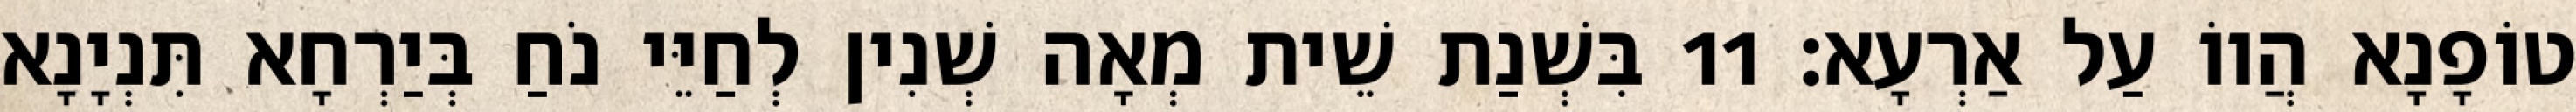
טוֹפָנָא הֲווֹ עַל אַרְעָא׃ 11 בִּשְׁנַת שֵׁית מְאָה שְׁנִין לְחַיֵּי נֹחַ בְּיַרְחָא תִּנְיָנָא